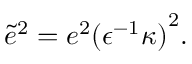
{ \tilde { e } } ^ { 2 } = e ^ { 2 } { ( { \epsilon } ^ { - 1 } \kappa ) } ^ { 2 } .